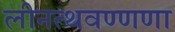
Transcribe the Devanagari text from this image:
लीनत्थवण्णणा